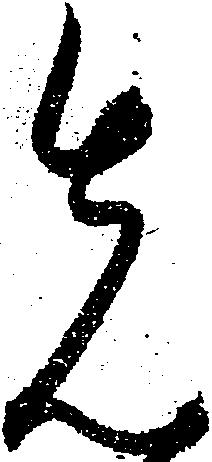
先